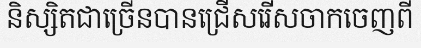
និស្សិតជាច្រើនបានជ្រើសរើសចាកចេញពី